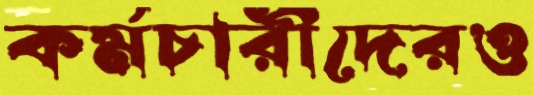
কর্মচারীদেরও